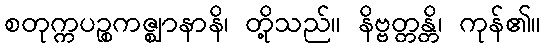
စတုက္ကပဉ္စကဇ္ဈာနာနိ၊ တို့သည်။ နိဗ္ဗတ္တန္တိ၊ ကုန်၏။